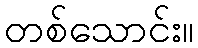
တစ်သောင်း။